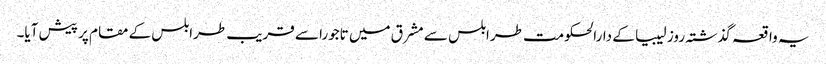
یہ واقعہ گذشتہ روز لیبیا کے دارالحکومت طرابلس سے مشرق میں تاجورا سے قریب طرابلس کے مقام پر پیش آیا۔